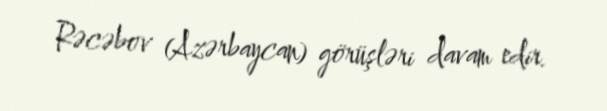
Rəcəbov (Azərbaycan) görüşləri davam edir.